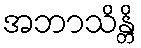
အဘာသိန္တိ